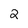
Character: 2